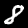
Digit: 8